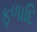
ફળાદિ